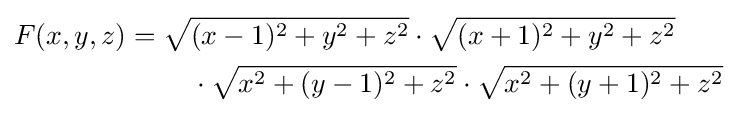
{\begin{aligned}F(x,y,z)={}&{\sqrt {(x-1)^{2}+y^{2}+z^{2}}}\cdot {\sqrt {(x+1)^{2}+y^{2}+z^{2}}}\\&\quad \cdot {\sqrt {x^{2}+(y-1)^{2}+z^{2}}}\cdot {\sqrt {x^{2}+(y+1)^{2}+z^{2}}}\end{aligned}}